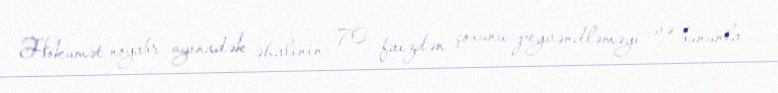
Hökumət noyabr ayınadək əhalinin 70 faizdən çoxunu peyvəndləməyi və bununla